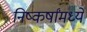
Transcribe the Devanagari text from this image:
निष्कर्षांमध्ये